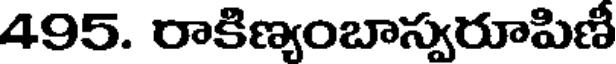
495. రాకిణ్యంబాస్వరూపిణీ